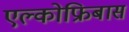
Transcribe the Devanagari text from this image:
एल्कोफ्रिबास